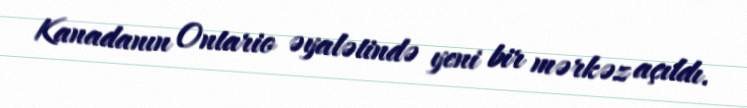
Kanadanın Ontario əyalətində yeni bir mərkəz açıldı.